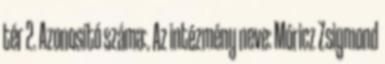
tér 2. Azonosító száma:. Az intézmény neve: Móricz Zsigmond